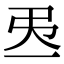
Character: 𢎮